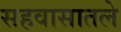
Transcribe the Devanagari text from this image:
सहवासातले